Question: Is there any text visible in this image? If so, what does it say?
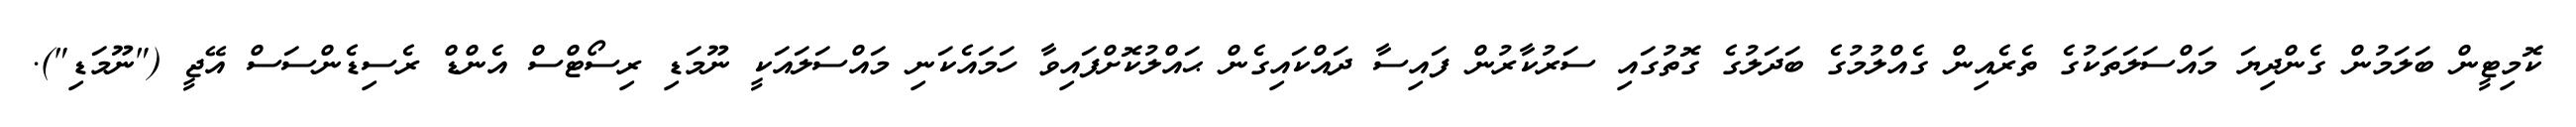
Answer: ކޮމިޓީން ބަލަމުން ގެންދިޔަ މައްސަލަތަކުގެ ތެރެއިން ގެއްލުމުގެ ބަދަލުގެ ގޮތުގައި ސަރުކާރުން ފައިސާ ދައްކައިގެން ޙައްލުކޮށްފައިވާ ހަމައެކަނި މައްސަލައަކީ ނޫމަޑި ރިސޯޓްސް އެންޑް ރެސިޑެންސަސް އޭޖީ ("ނޫމަޑި").